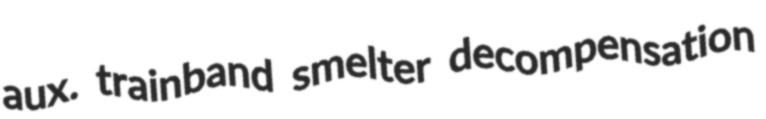
aux. trainband smelter decompensation